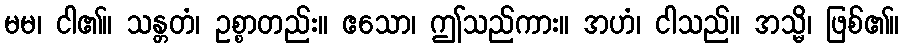
မမ၊ ငါ၏။ သန္တတံ၊ ဥစ္စာတည်း။ ဧသော၊ ဤသည်ကား။ အဟံ၊ ငါသည်။ အသ္မိ၊ ဖြစ်၏။